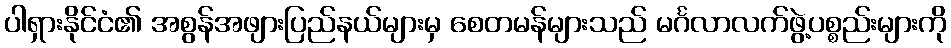
ပါရှားနိုင်ငံ၏ အစွန်အဖျားပြည်နယ်များမှ စေတမန်များသည် မင်္ဂလာလက်ဖွဲ့ပစ္စည်းများကို